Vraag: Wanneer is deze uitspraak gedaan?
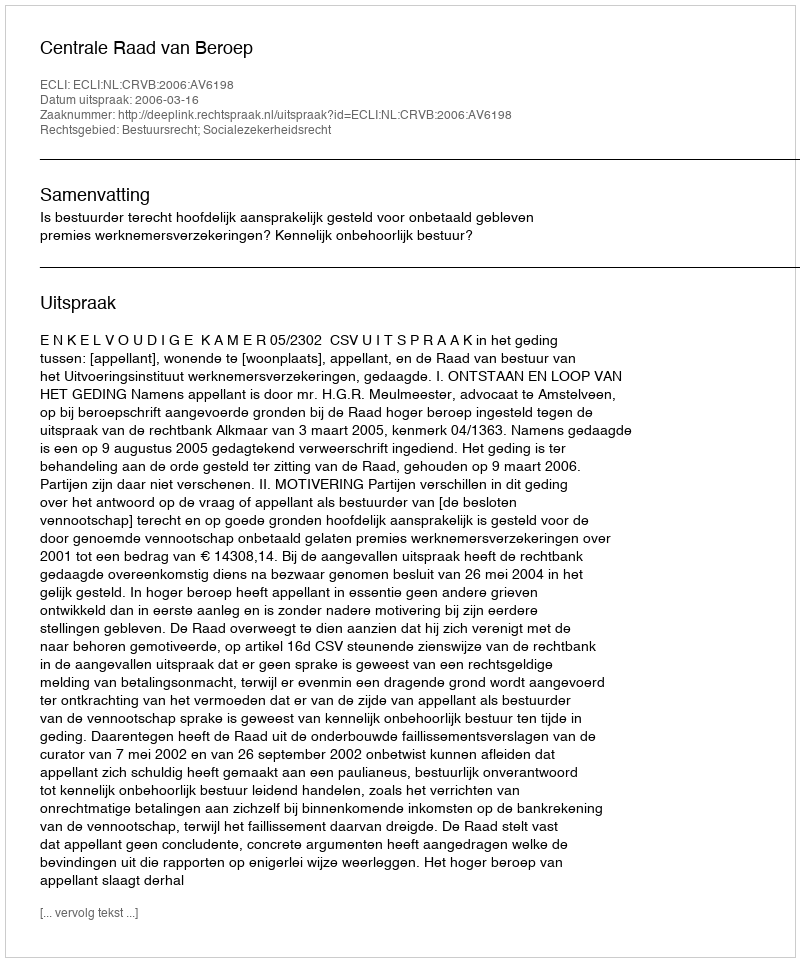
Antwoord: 2006-03-16